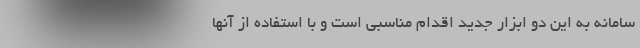
سامانه به این دو ابزار جدید اقدام مناسبی است و با استفاده از آنها